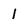
Character: l